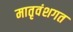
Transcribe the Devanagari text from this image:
मातृवंशगत